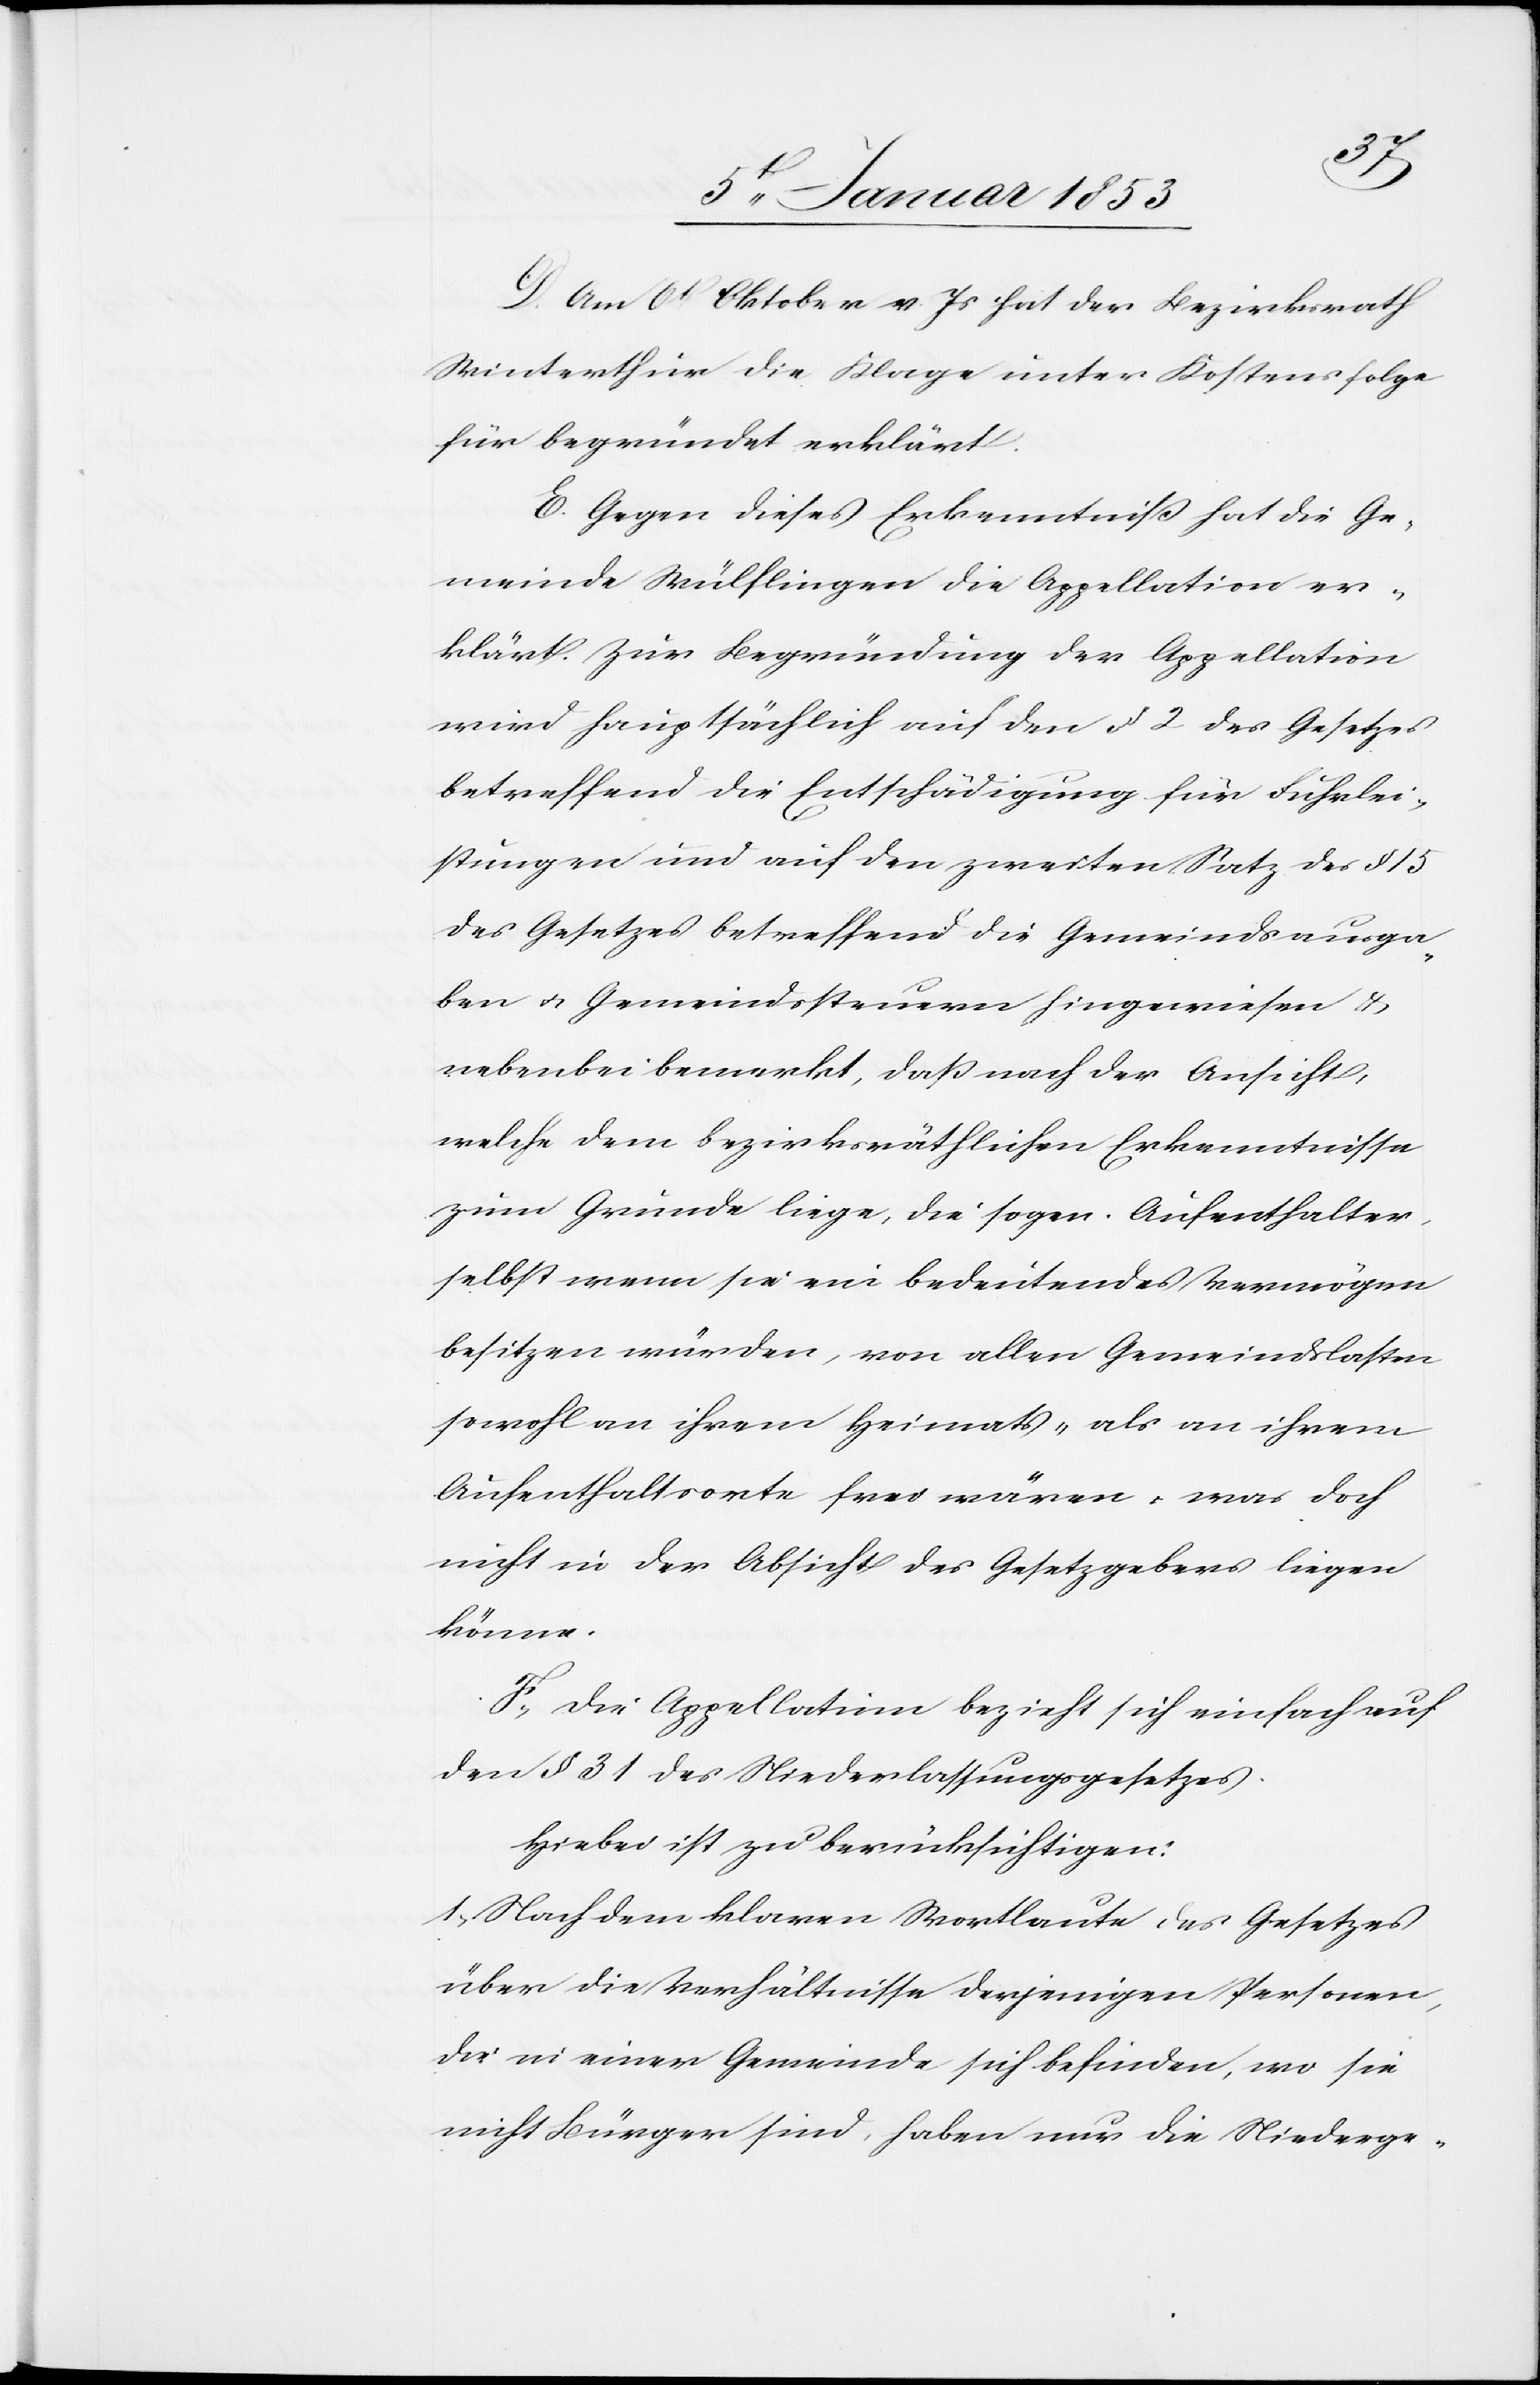
D. Am 6t Oktober v. Js. hat der Bezirksrath
Winterthur die Klage unter Kostensfolg
für begründet erklärt.
E. Gegen dieses Erkenntniß hat die Ge¬
meinde Wülflingen die Appellation er¬
klärt. Zur Begründung der Appellation
wird hauptsächlich auf den §. 2. des Gesetzes
betreffend die Entschädigung für Fuhrlei¬
stungen und auf den zweiten Satz des §. 15
des Gesetzes betreffend die Gemeindsausga¬
ben u. Gemeindssteuern hingewiesen &
nebenbei bemerkt, dass nach der Ansicht,
welche dem bezirksräthlichen Erkenntnisse
zum Grunde liege, die sogen. Aufenthalter,
selbst wenn sie ein bedeutendes Vermögen
besitzen würden, von allen Gemeindslasten
sowohl an ihrem Heimats- als an ihrem
Aufenthaltsorte frei wären, was doch
nicht in der Absicht des Gesetzgebers liegen
könne.
F. Die Appellatinn bezieht sich einfach auf
den § 31 des Niederlassungsgesetzes.
Hiebei ist zu berücksichtigen:
1. Nach dem klaren Wortlaute des Gesetzes
über die Verhältnisse derjenigen Personen,
die in einer Gemeinde sich befinden, wo sie
nicht Bürger sind, haben nur die Niederge-